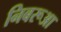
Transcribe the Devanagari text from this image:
निबरूआ